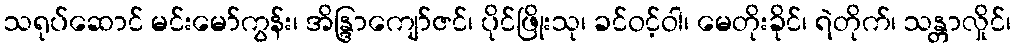
သရုပ်ဆောင် မင်းမော်ကွန်း၊ အိန္ဒြာကျော်ဇင်၊ ပိုင်ဖြိုးသု၊ ခင်ဝင့်ဝါ၊ မေတိုးခိုင်၊ ရဲတိုက်၊ သန္တာလှိုင်၊